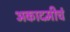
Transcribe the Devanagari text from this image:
अकादमीचं